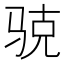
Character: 𲌆